Lunatic asylums United Provinces 1909-1921 - 1909-1921
Year: 1909
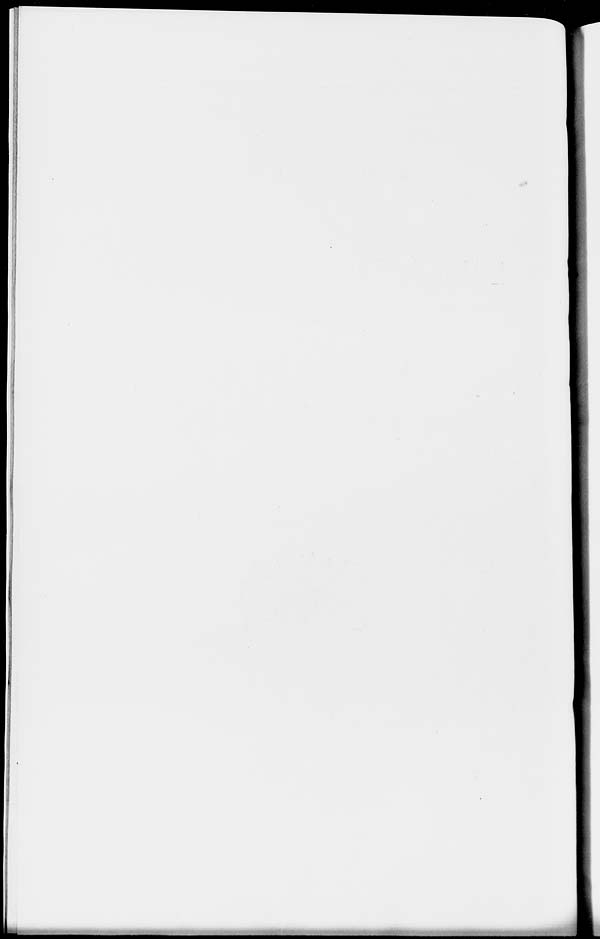
m